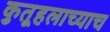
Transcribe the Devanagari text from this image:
कुतूहलाच्याच